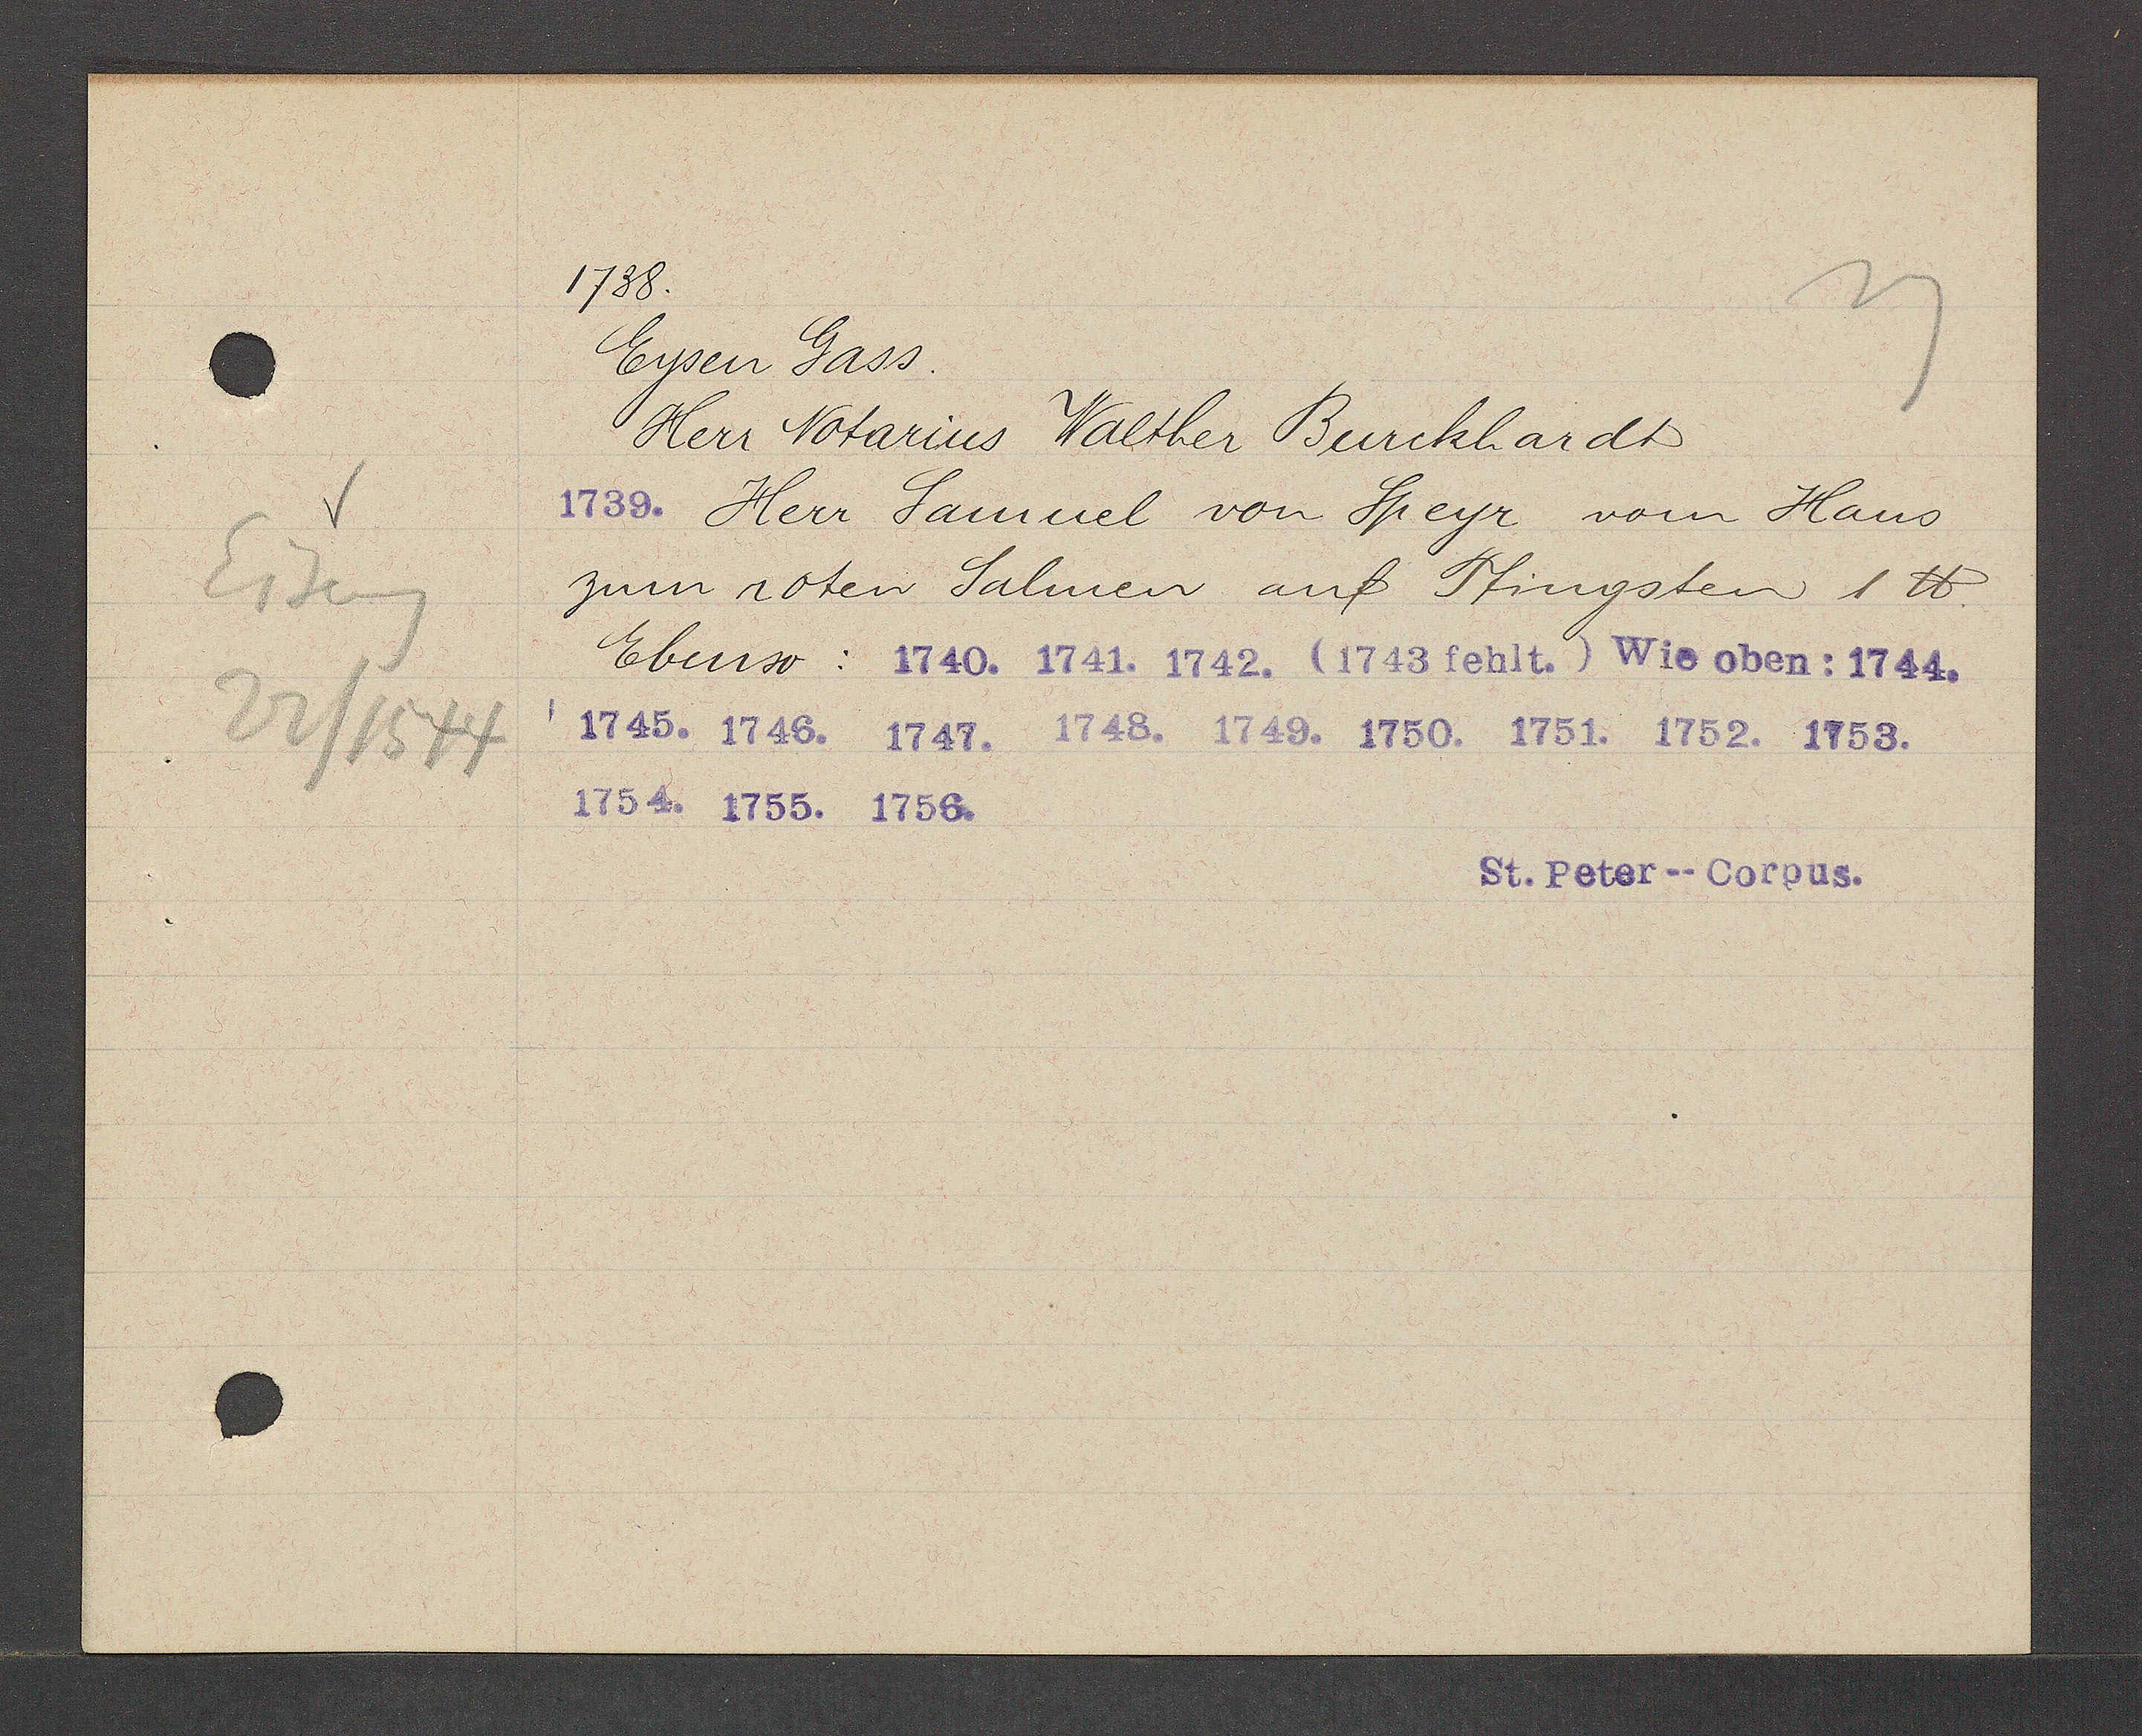
Transcript:
Eiseng
22/1544

1738
Eysen Gass.
Herr Notarius Walther Burckhardt
Herr Samuel von Speyr vom Haus
zum roten Salmen auf Pfingsten 1 ℔.
Ebenso